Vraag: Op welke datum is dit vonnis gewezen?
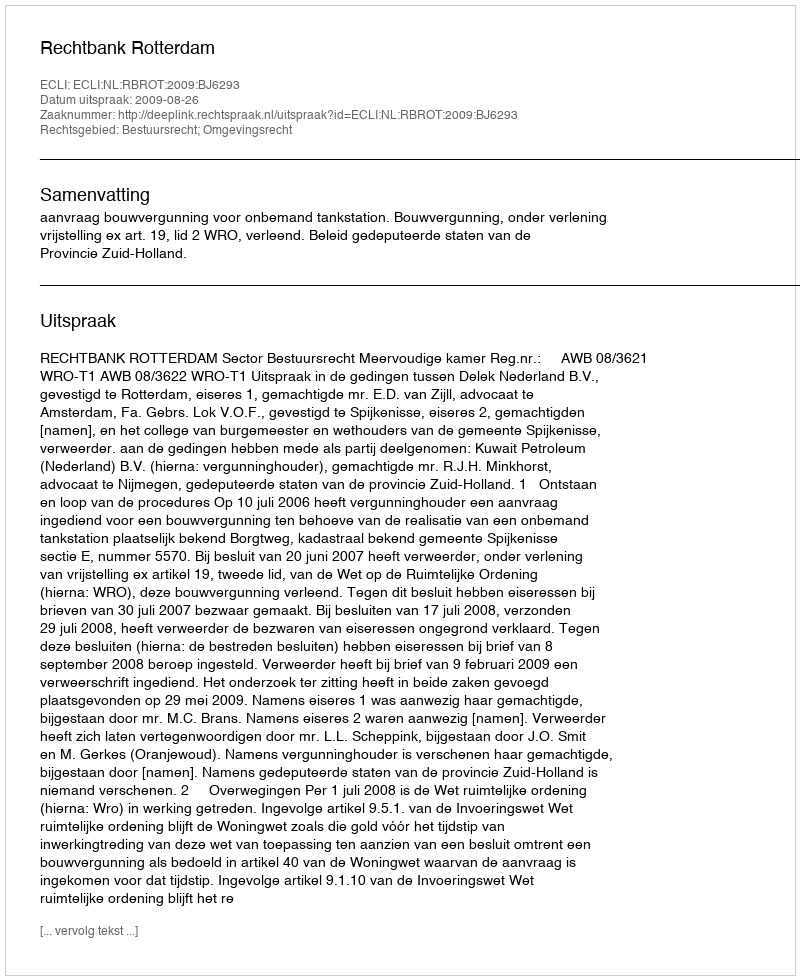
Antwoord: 2009-08-26